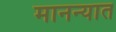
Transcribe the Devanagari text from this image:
मानन्यात